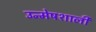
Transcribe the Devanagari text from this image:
उन्मेषशाली